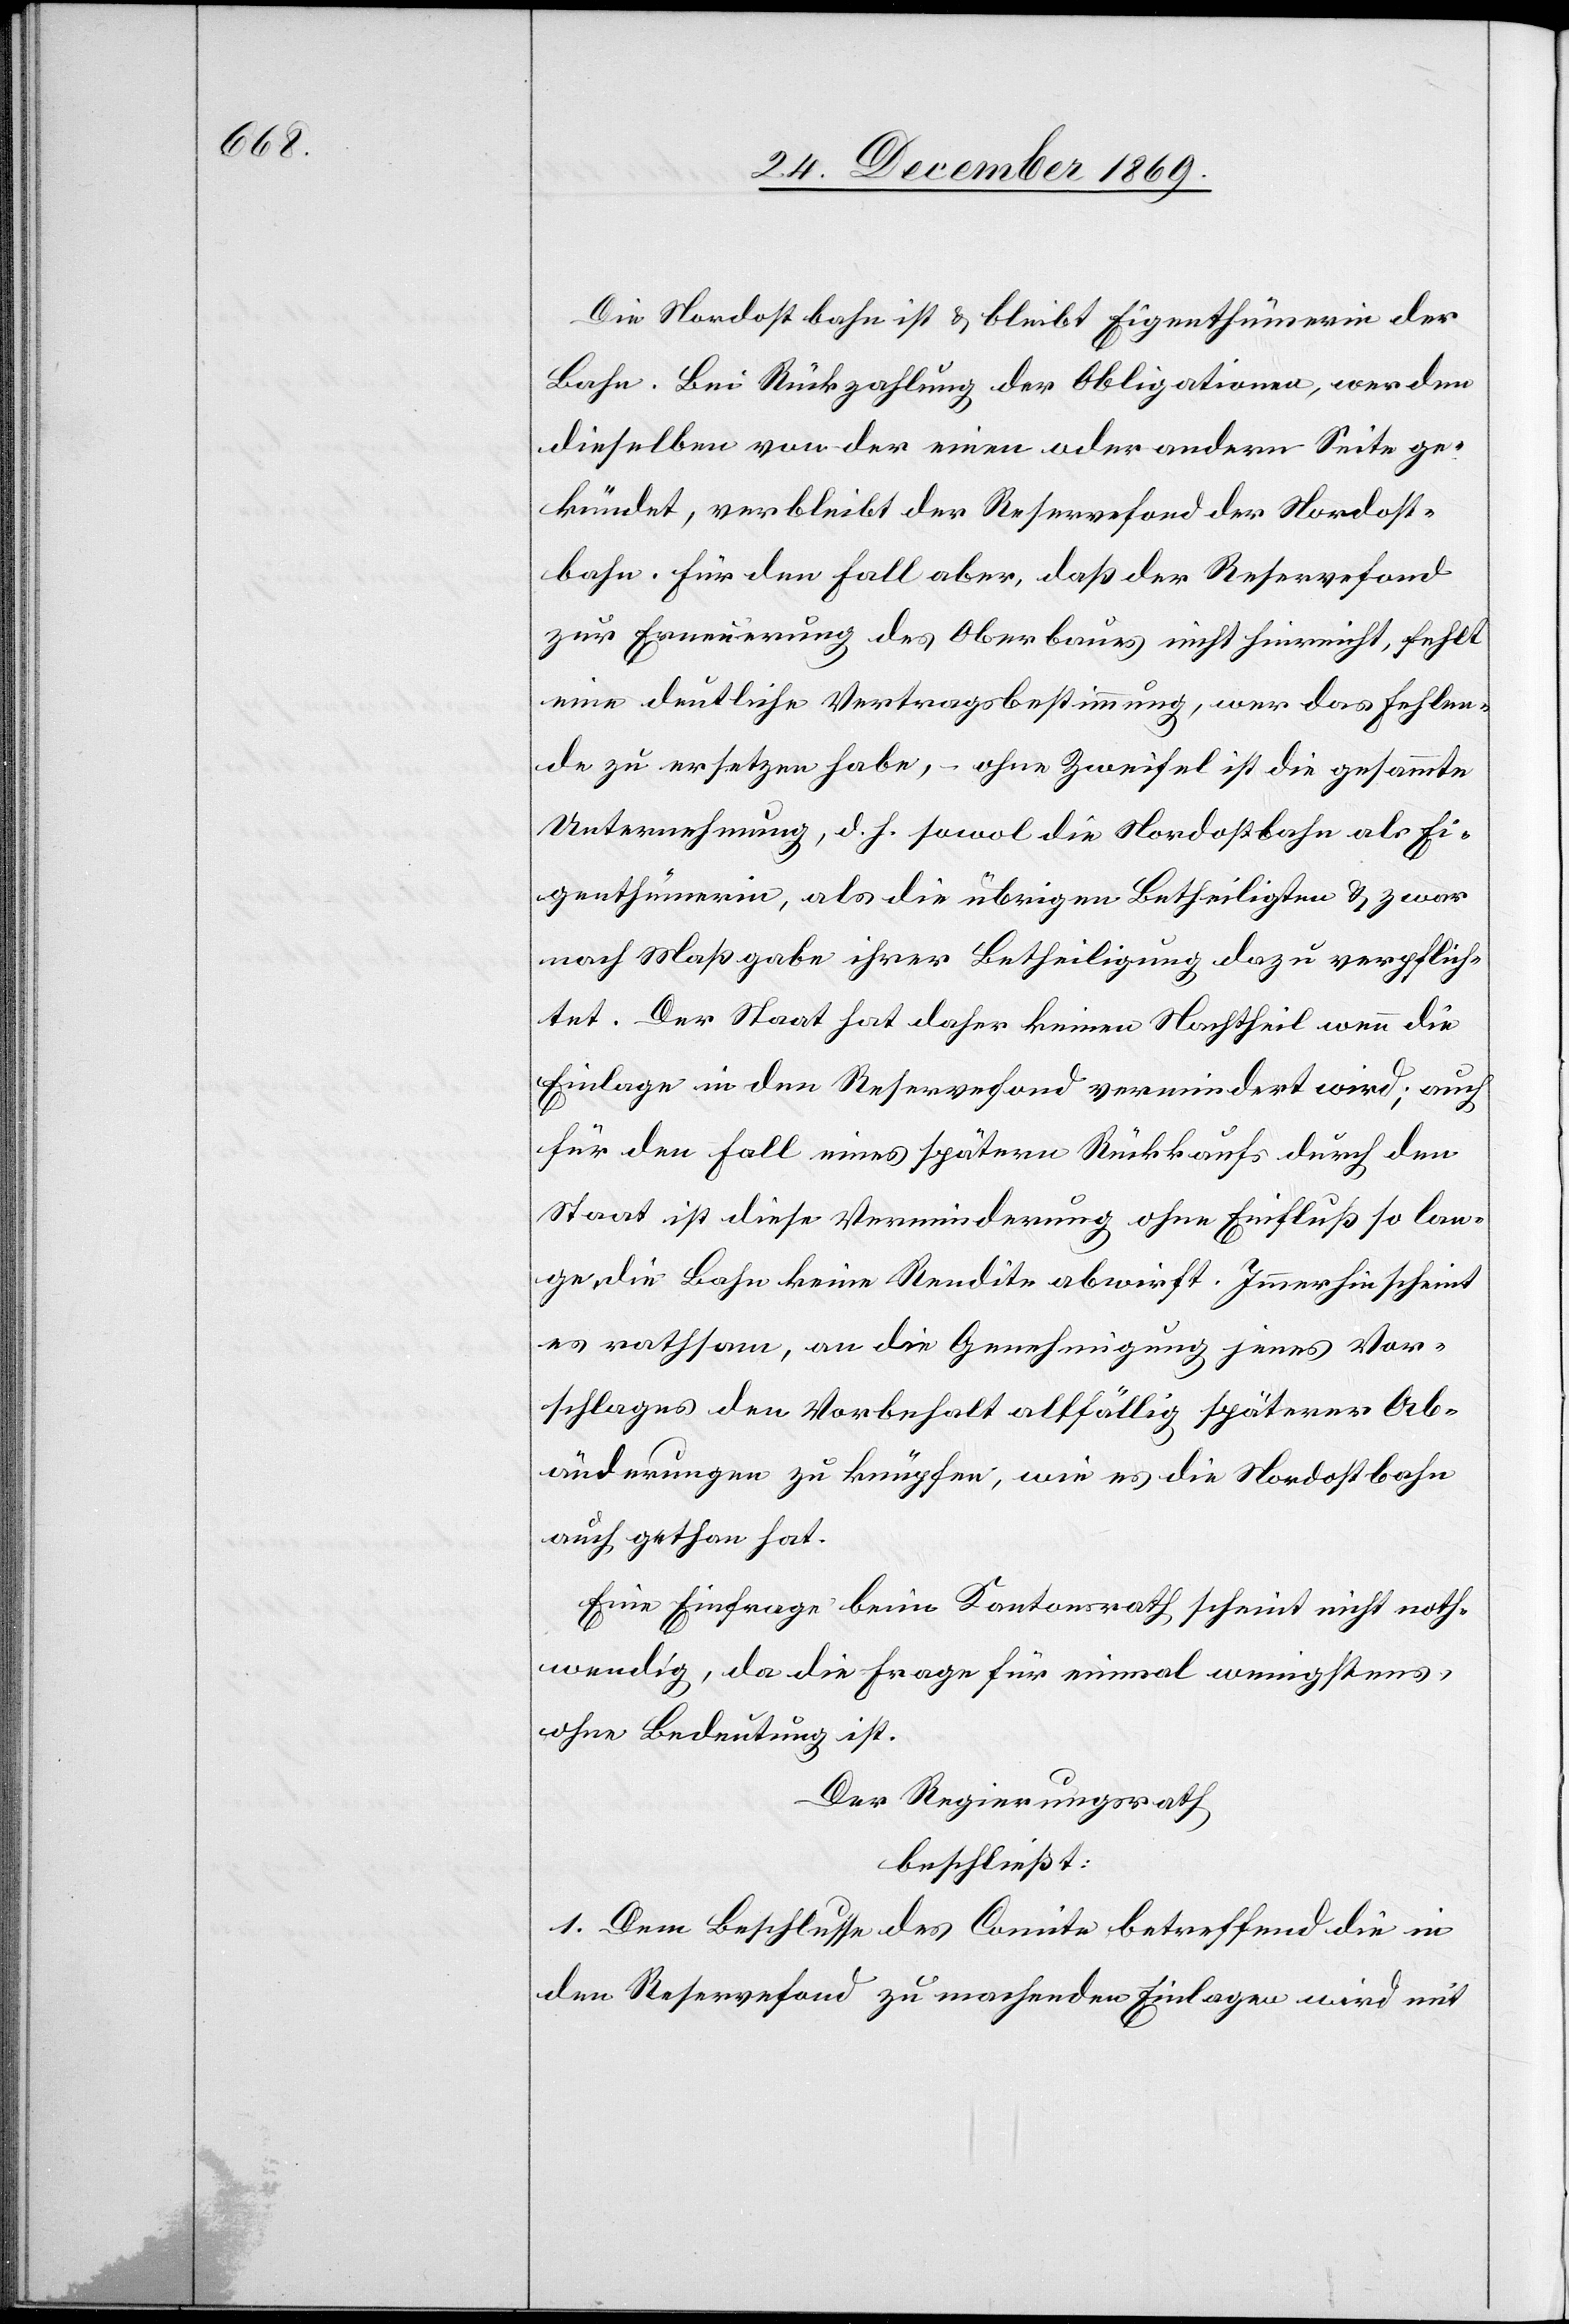
Die Nordostbahn ist & bleibt Eigenthümerin der
Bahn. Bei Rückzahlung der Obligationen, werden
dieselben von der einen oder andern Seite ge¬
kündet, verbleibt der Reservefond der Nordost¬
bahn. Für den Fall aber, daß der Reservefond
zur Erneuerung des Oberbaues nicht hinreicht, fehlt
eine deutliche Vertragsbestimmung, wer das Fehlen¬
de zu ersetzen habe, – ohne Zweifel ist die gesammte
Unternehmung, d. h. sowol die Nordostbahn als Ei¬
genthümerin, als die übrigen Betheiligten & zwar
nach Maßgabe ihrer Betheiligung dazu verpflich¬
tet. Der Staat hat daher keinen Nachtheil wenn die
Einlage in den Reservefond vermindert wird; auch
für den Fall eines spätern Rückkaufs durch den
Staat ist diese Verminderung ohne Einfluß so lan¬
ge die Bahn keine Rendite abwirft. Immerhin scheint
es rathsam, an die Genehmigung jenes Vor¬
schlages den Vorbehalt allfällig späterer Ab¬
änderungen zu knüpfen, wie es die Nordostbahn
auch gethan hat.
Eine Einfrage beim Kantonsrath scheint nicht noth¬
wendig, da die Frage für einmal wenigstens,
ohne Bedeutung ist.
Der Regierungsrath
beschließt:
1. Dem Beschlusse des Comite betreffend die in
den Reservefond zu machenden Einlagen wird mit